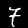
Digit: 7